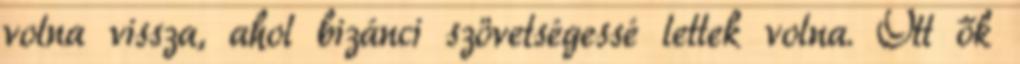
volna vissza, ahol bizánci szövetségessé lettek volna. Ott ők